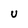
Character: u